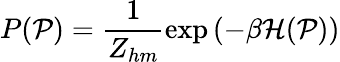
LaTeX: P(\mathcal P)=\frac 1{Z_{hm}}\exp{\left(-\beta\mathcal H(\mathcal P)\right)}